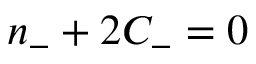
n _ { - } + 2 C _ { - } = 0